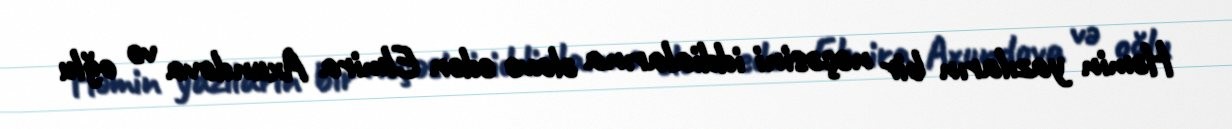
Həmin yazıların bir neçəsini iddialarına əlavə edən Elmira Axundova və oğlu